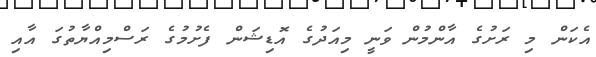
އެކަން މި ރަށުގެ އާންމުން ވަނީ މިއަދުގެ އޮޑިޝަން ފެށުމުގެ ރަސްމިއްޔާތުގަ އާއި